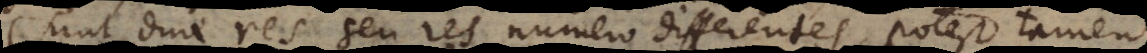
sunt duae res seu res numero differentes, potest tamen